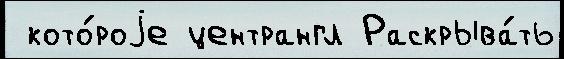
 кото́роjе центрангл Раскрыва́ть